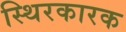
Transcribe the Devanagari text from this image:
स्थिरकारक